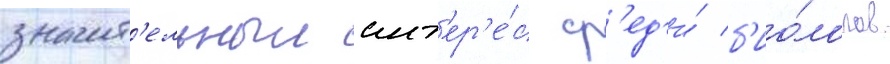
значит'ельныи инт'ер'е́с ср'ед'и́ б'ио́логов